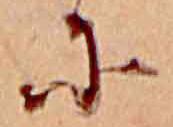
に